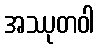
အဿုတဝါ